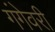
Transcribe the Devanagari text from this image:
गंगेवरी